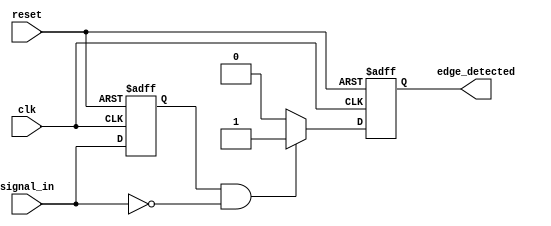
module negative_edge_detector (
    input wire clk,           // Clock signal
    input wire reset,         // Reset signal
    input wire signal_in,     // Input signal to be monitored
    output reg edge_detected   // Output signal for negative edge detection
);

reg previous_signal;         // Memory element to store the previous state of signal_in

// Always block for edge detection and state updating
always @(posedge clk or posedge reset) begin
    if (reset) begin
        previous_signal <= 1'b0; // Initialize previous_signal to 0 on reset
        edge_detected <= 1'b0;    // Initialize edge_detected to 0 on reset
    end else begin
        // Negative edge detection logic
        if (previous_signal == 1'b1 && signal_in == 1'b0) begin
            edge_detected <= 1'b1;  // Set edge_detected high for one clock cycle
        end else begin
            edge_detected <= 1'b0;   // Reset edge_detected otherwise
        end
        
        // Update previous_signal with the current signal_in
        previous_signal <= signal_in;
    end
end

endmodule